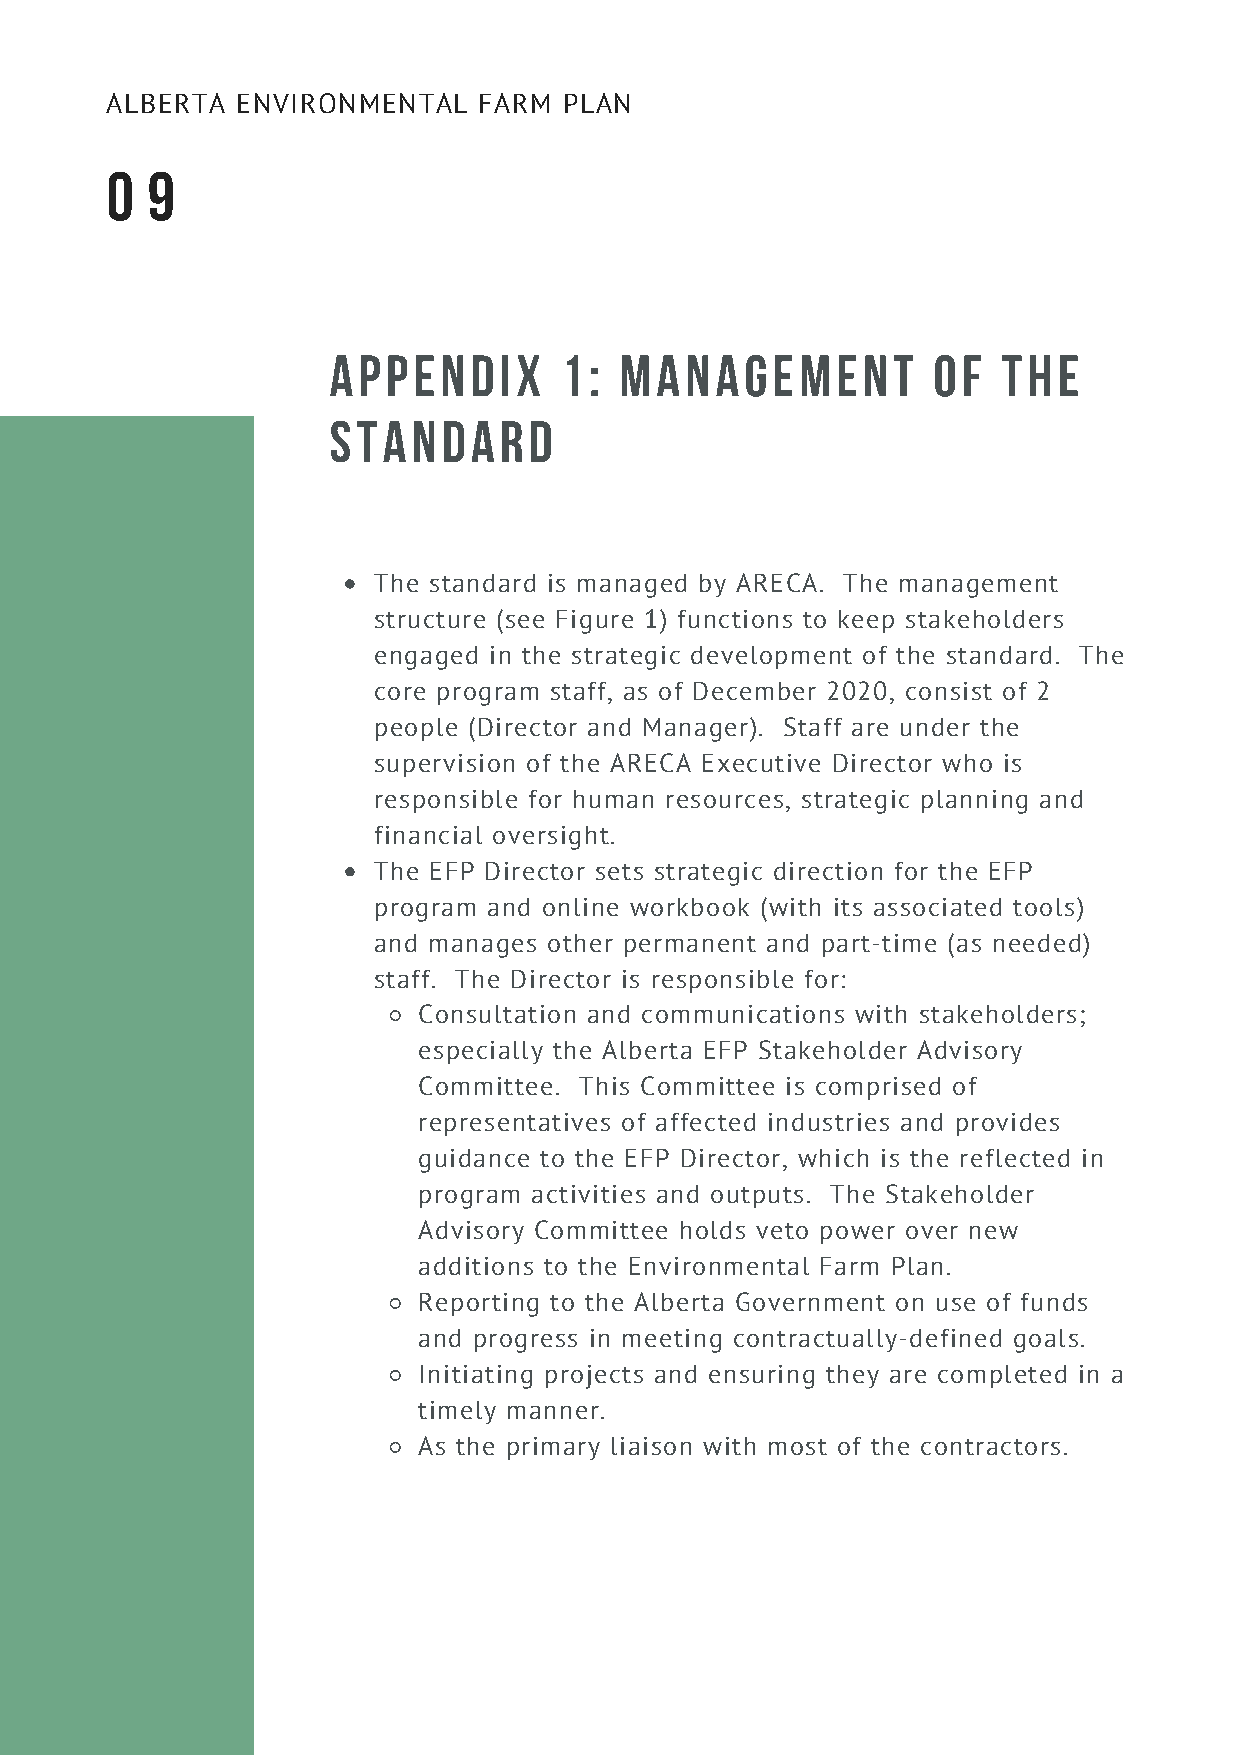
ALBERTA  ENVIRONMENTAL   FARM PLAN
 0  9
 APPENDIX       1:  MANAGEMENT           OF  THE
 STANDARD
 The standard is managed by ARECA. The management
 structure (see Figure 1) functions to keep stakeholders
 engaged in the strategic development of the standard. The
 core program staff, as of December 2020, consist of 2
 people (Director and Manager). Staff are under the
 supervision of the ARECA Executive Director who is
 responsible for human resources, strategic planning and
 financial oversight.
 The EFP Director sets strategic direction for the EFP
 program and online workbook (with its associated tools)
 and manages other permanent and part-time (as needed)
 staff. The Director is responsible for:
 Consultation and communications with stakeholders;
 especially the Alberta EFP Stakeholder Advisory
 Committee. This Committee is comprised of
 representatives of affected industries and provides
 guidance to the EFP Director, which is the reflected in
 program activities and outputs. The Stakeholder
 Advisory Committee holds veto power over new
 additions to the Environmental Farm Plan.
 Reporting to the Alberta Government on use of funds
 and progress in meeting contractually-defined goals.
 Initiating projects and ensuring they are completed in a
 timely manner.
 As the primary liaison with most of the contractors.